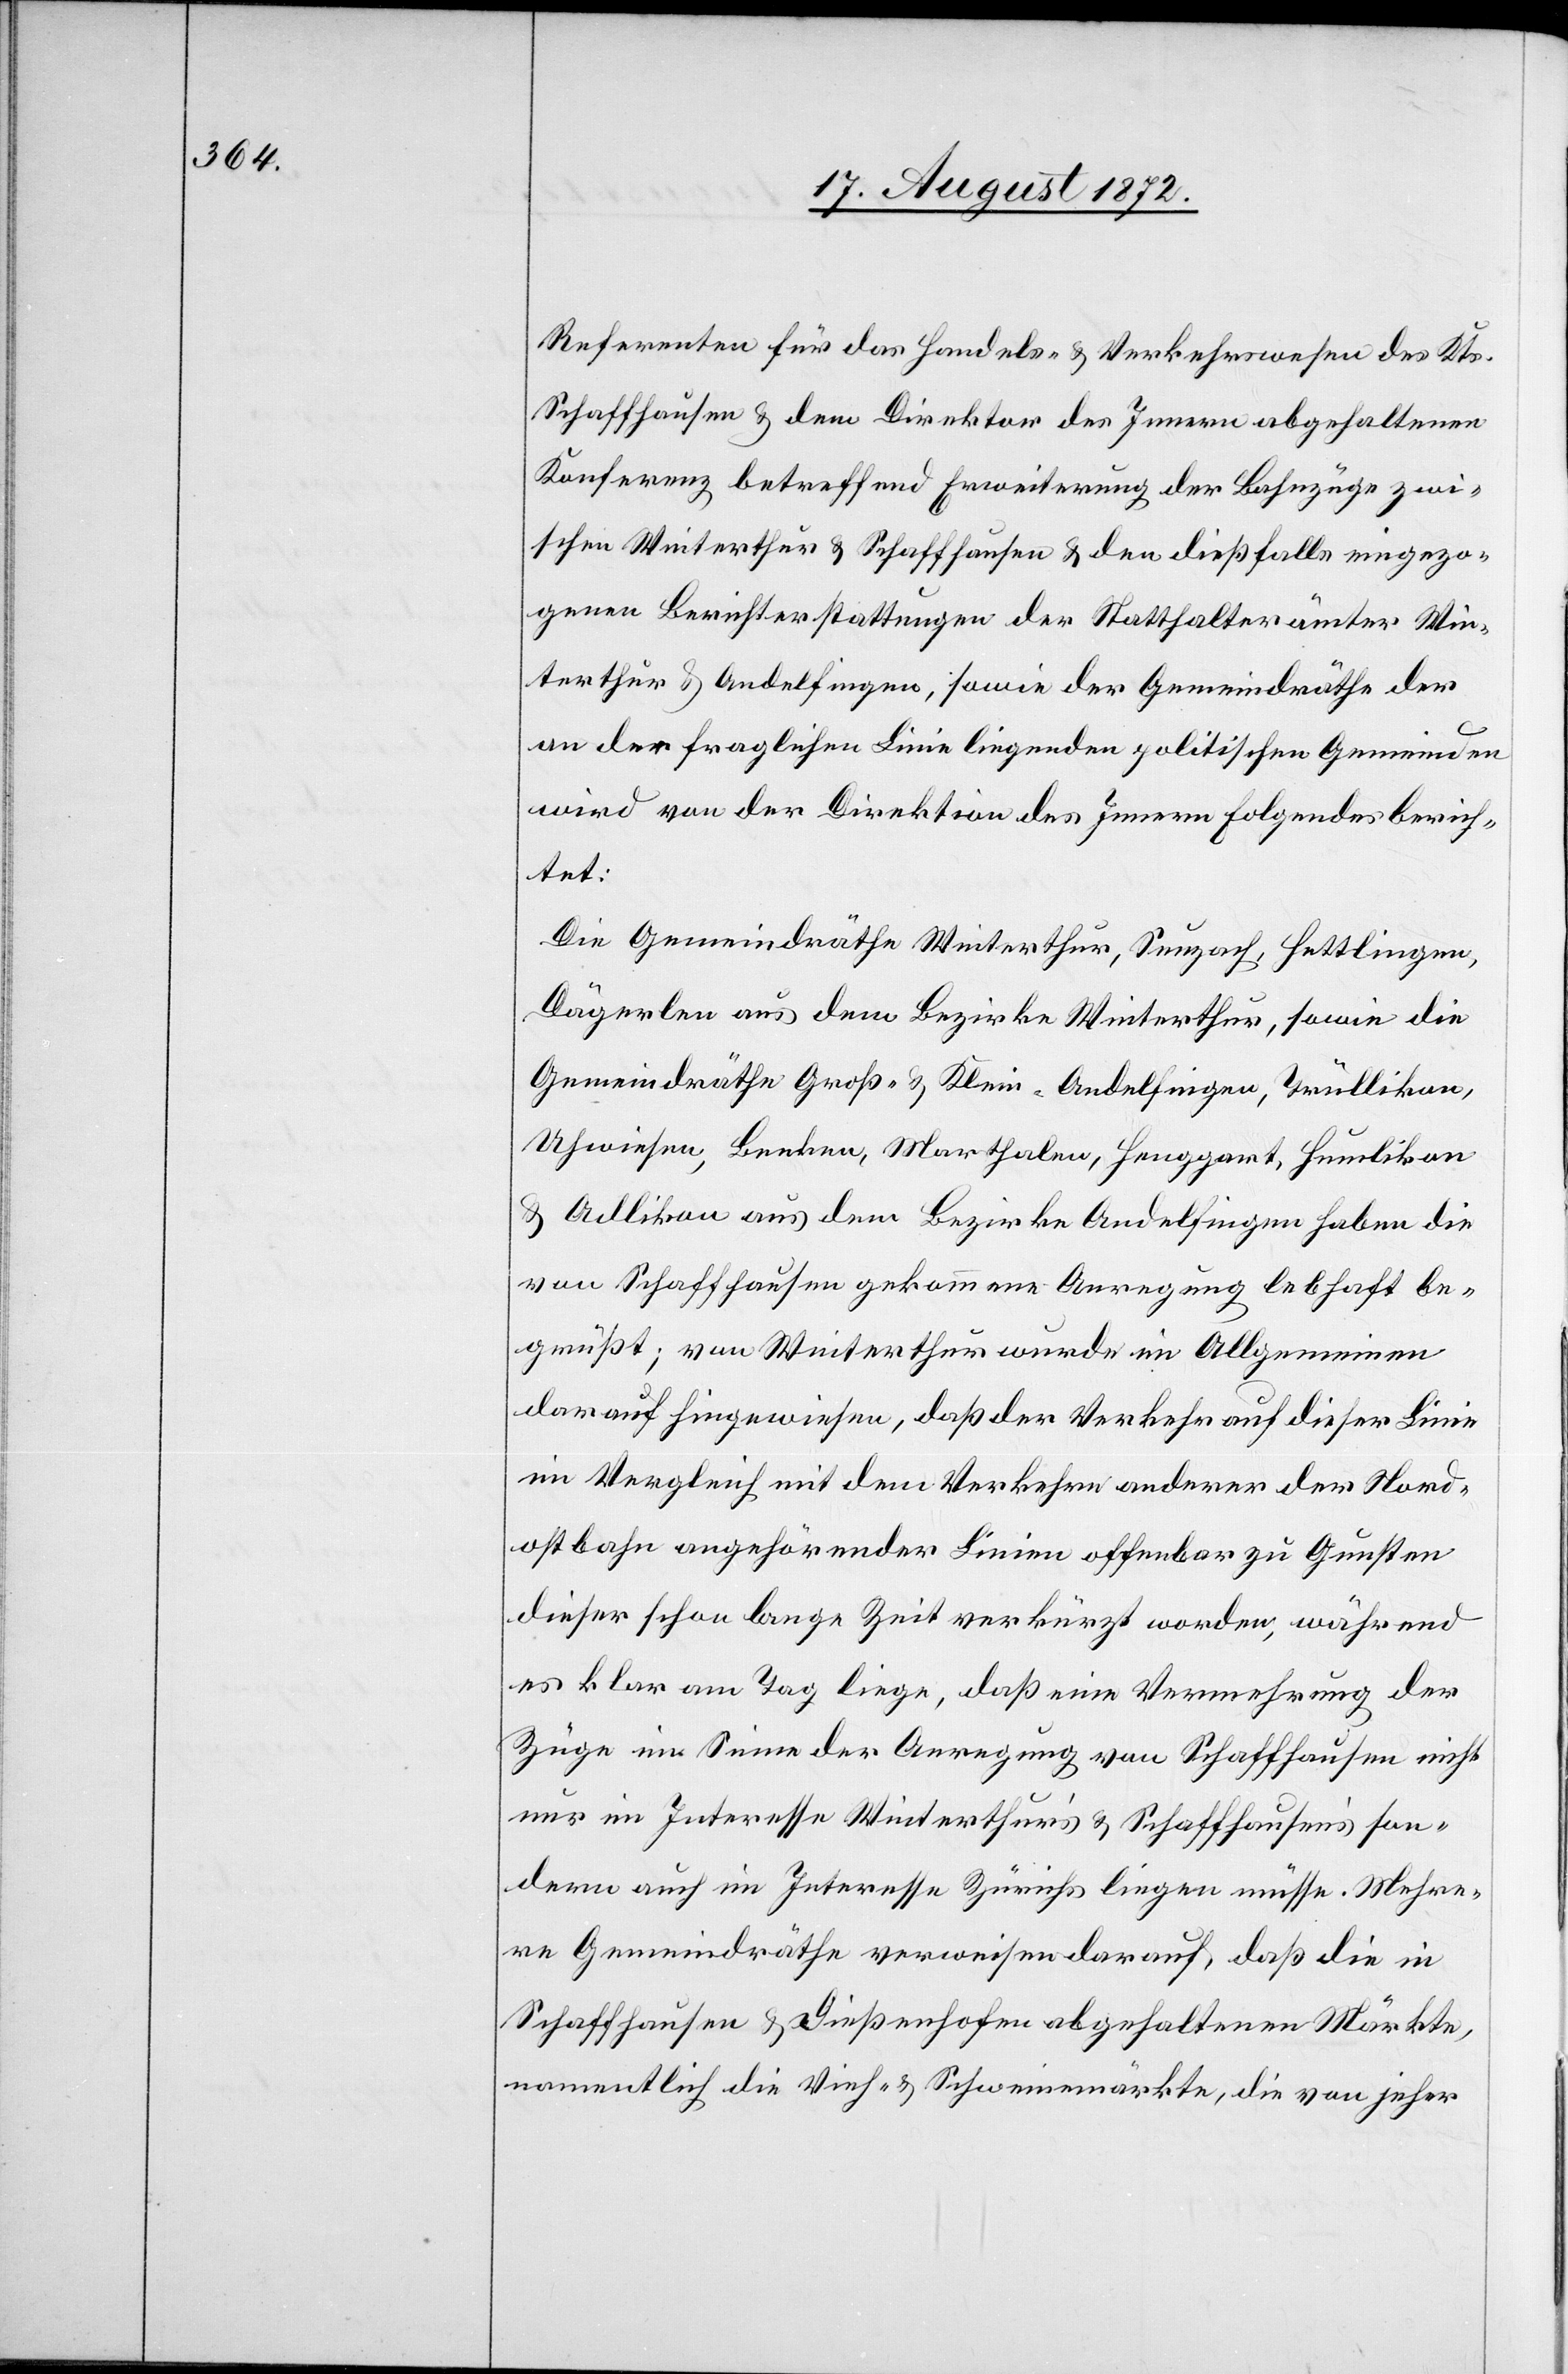
Referenten für das Handels- u. Verkehrswesen des Kts.
Schaffhausen u. dem Direktor des Innern abgehaltenen
Konferenz betreffend Erweiterung der Bahnzüge zwi¬
schen Winterthur u. Schaffhausen u. den dießfalls eingezo¬
genen Berichterstattungen der Statthalterämter Win¬
terthur u. Andelfingen, sowie der Gemeindräthe der
an der fraglichen Linie liegenden politischen Gemeinden
wird von der Direktion des Innern folgendes berich¬
tet:
Die Gemeindräthe Winterthur, Seuzach, Hettlingen,
Dägerlen aus dem Bezirke Winterthur, sowie die
Gemeindräthe Groß- u. Klein-Andelfingen, Trüllikon,
Uhwiesen, Benken, Marthalen, Henggart, Humlikon
u. Adlikon aus dem Bezirke Andelfingen haben die
von Schaffhausen gekommene Anregung lebhaft be¬
grüßt; von Winterthur wurde im Allgemeinen
darauf hingewiesen, daß der Verkehr auf dieser Linie
im Vergleich mit dem Verkehre anderer der Nord¬
ostbahn angehörender Linie offenbar zu Gunsten
dieser schon lange Zeit verkürzt worden, während
es klar am Tag liege, daß eine Vermehrung der
Züge im Sinne der Anregung von Schaffhausen nicht
nur im Interesse Winterthur’s u. Schaffhausen’s son¬
dern auch im Interesse Zürichs liegen müsse. Mehre¬
re Gemeindräthe verweisen darauf, daß die in
Schaffhausen u. Dießenhofen abgehaltenen Märkte,
namentlich die Vieh- u. Schweinemärkte, die von jeher